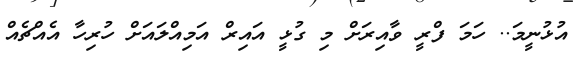
އުޅުނީމަ.. ހަމަ ފްރީ ވާއިރަށް މި ގުޅީ އައިރް އަމިއްލައަށް ހުރިހާ އެއްޗެއް